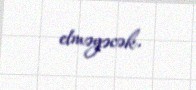
etməyəcək.